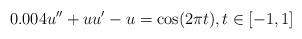
LaTeX: \begin{align*}0.004u'' + uu' - u = \cos(2\pi t), t\in [-1,1]\end{align*}